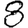
Digit: 8